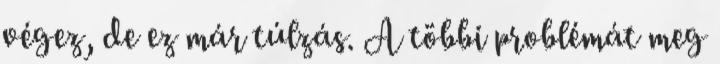
végez, de ez már túlzás. A többi problémát meg